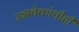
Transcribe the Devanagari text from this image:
उझबेकांचीही